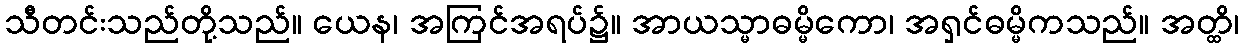
သီတင်းသည်တို့သည်။ ယေန၊ အကြင်အရပ်၌။ အာယသ္မာဓမ္မိကော၊ အရှင်ဓမ္မိကသည်။ အတ္ထိ၊